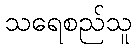
သရေစည်သူ